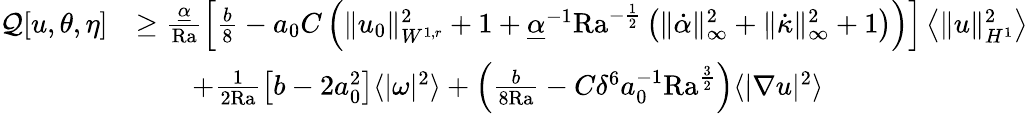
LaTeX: \begin{array}{rl}{\mathcal{Q}[u,\theta,\eta]}&{\geq\frac{\underline{{\alpha}}}{\mathrm{{Ra}}}\left[\frac{b}{8}-a_{0}C\left(\| u_{0}\| _{W^{1,r}}^{2}+1+\underline{{\alpha}}^{-1}{\mathrm{Ra}}^{-\frac{1}{2}}\left(\| \dot{\alpha}\| _{\infty}^{2}+\| \dot{\kappa}\| _{\infty}^{2}+1\right)\right)\right]\left\langle\| u\| _{H^{1}}^{2}\right\rangle}\\ &{\qquad+\frac{1}{2\mathrm{{Ra}}}\left[b-2a_{0}^{2}\right]\langle|\omega|^{2}\rangle+\left(\frac{b}{8{\mathrm{Ra}}}-C\delta^{6}a_{0}^{-1}\mathrm{{Ra}}^{\frac{3}{2}}\right)\langle|\nabla u|^{2}\rangle}\end{array}